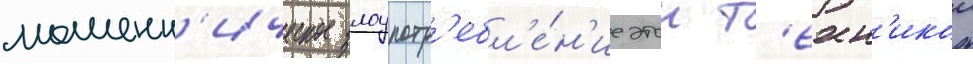
мошенн'ическое злоупотр'ебл'е́н'ие этои т'ехн'икои